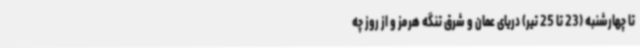
تا چهارشنبه (23 تا 25 تیر) دریای عمان و شرق تنگه هرمز و از روز چه